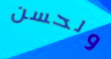
ولحسن